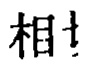
相扌